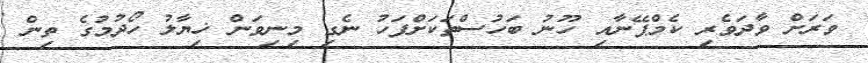
ވަރަށް ވާދަވެރި ކެމްޕޭނާއި ހޫނު ބަހުސްތަކަށްފަހު ނެގި މިނިވަން ޚިޔާލު ހޯދުމުގެ ތިން